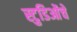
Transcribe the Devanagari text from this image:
स्टुडिओंचे